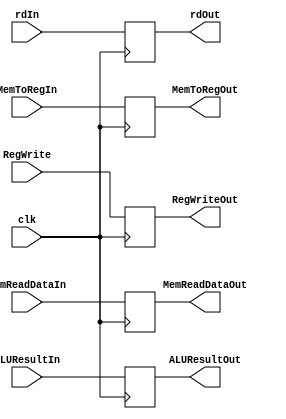
`timescale 1ns / 1ps


//INCOMPLETE
////////////////////////////////////////////////////////////////////////////////
// ECE369 - Computer Architecture
// 
////////////////////////////////////////////////////////////////////////////////

module MEM_WB_Reg(MemReadDataIn, ALUResultIn, rdIn, MemToRegIn, RegWrite, clk,
                  MemReadDataOut, ALUResultOut, rdOut, MemToRegOut, RegWriteOut);
                  
                  input [31:0] MemReadDataIn, ALUResultIn;
                  input [4:0] rdIn;
                  input MemToRegIn, RegWrite, clk;
                  
                  output reg [31:0] MemReadDataOut, ALUResultOut;
                  output reg [4:0] rdOut;
                  output reg MemToRegOut, RegWriteOut;
                  
      always @ (posedge clk) begin
        MemReadDataOut = MemReadDataIn;
        ALUResultOut = ALUResultIn;
        rdOut = rdIn;
        MemToRegOut = MemToRegIn;
        RegWriteOut = RegWrite;
      end
      
      
      // !!!!!!  I am a Purple Unicorn !!!!!


endmodule